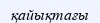
қайықтағы